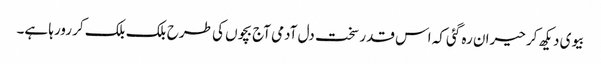
بیوی دیکھ کر حیران رہ گئی کہ اس قدر سخت دل آدمی آج بچوں کی طرح بلک بلک کر رورہا ہے۔